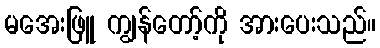
မအေးဖြူ ကျွန်တော့်ကို အားပေးသည်။